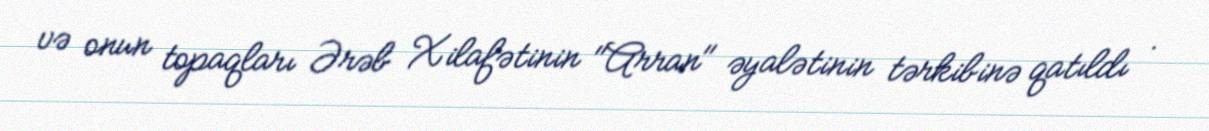
və onun topaqları Ərəb Xilafətinin "Arran" əyalətinin tərkibinə qatıldı .